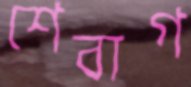
শেবাগ